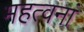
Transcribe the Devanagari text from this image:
महत्वनां